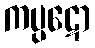
ကပ္ပဋော